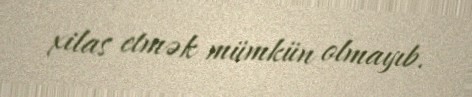
xilas etmək mümkün olmayıb.